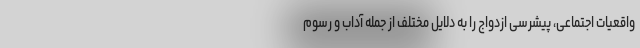
واقعیات اجتماعی، پیشرسی ازدواج را به دلایل مختلف از جمله آداب و رسوم